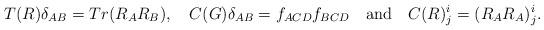
LaTeX: \begin{align*}T(R)\delta _{AB} = Tr(R_A R_B),\quad C(G)\delta _{AB} = f_{ACD}f_{BCD}\quad\hbox{and}\quad C(R)^i_j = (R_A R_A)^i_j.\end{align*}